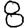
Digit: 8